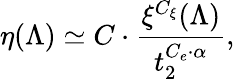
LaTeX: \eta(\Lambda)\simeq C\cdot\frac{\xi^{C_{\xi}}(\Lambda)}{t_{2}^{C_{e}\cdot\alpha}},